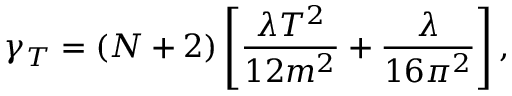
\gamma _ { T } = ( N + 2 ) \left[ \frac { \lambda T ^ { 2 } } { 1 2 m ^ { 2 } } + \frac { \lambda } { 1 6 \pi ^ { 2 } } \right] ,